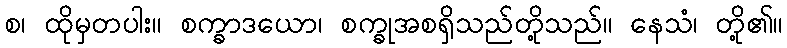
စ၊ ထိုမှတပါး။ စက္ခာဒယော၊ စက္ခုအစရှိသည်တို့သည်။ နေသံ၊ တို့၏။